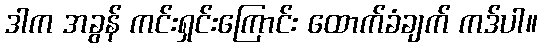
ဒါက အခွန် ကင်းရှင်းကြောင်း ထောက်ခံချက် ကဒ်ပါ။